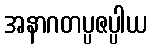
အနာဂတပ္ပဇပ္ပါယ